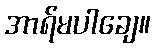
အာရ်မပါချေ။